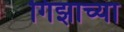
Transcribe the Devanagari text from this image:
गिझाच्या